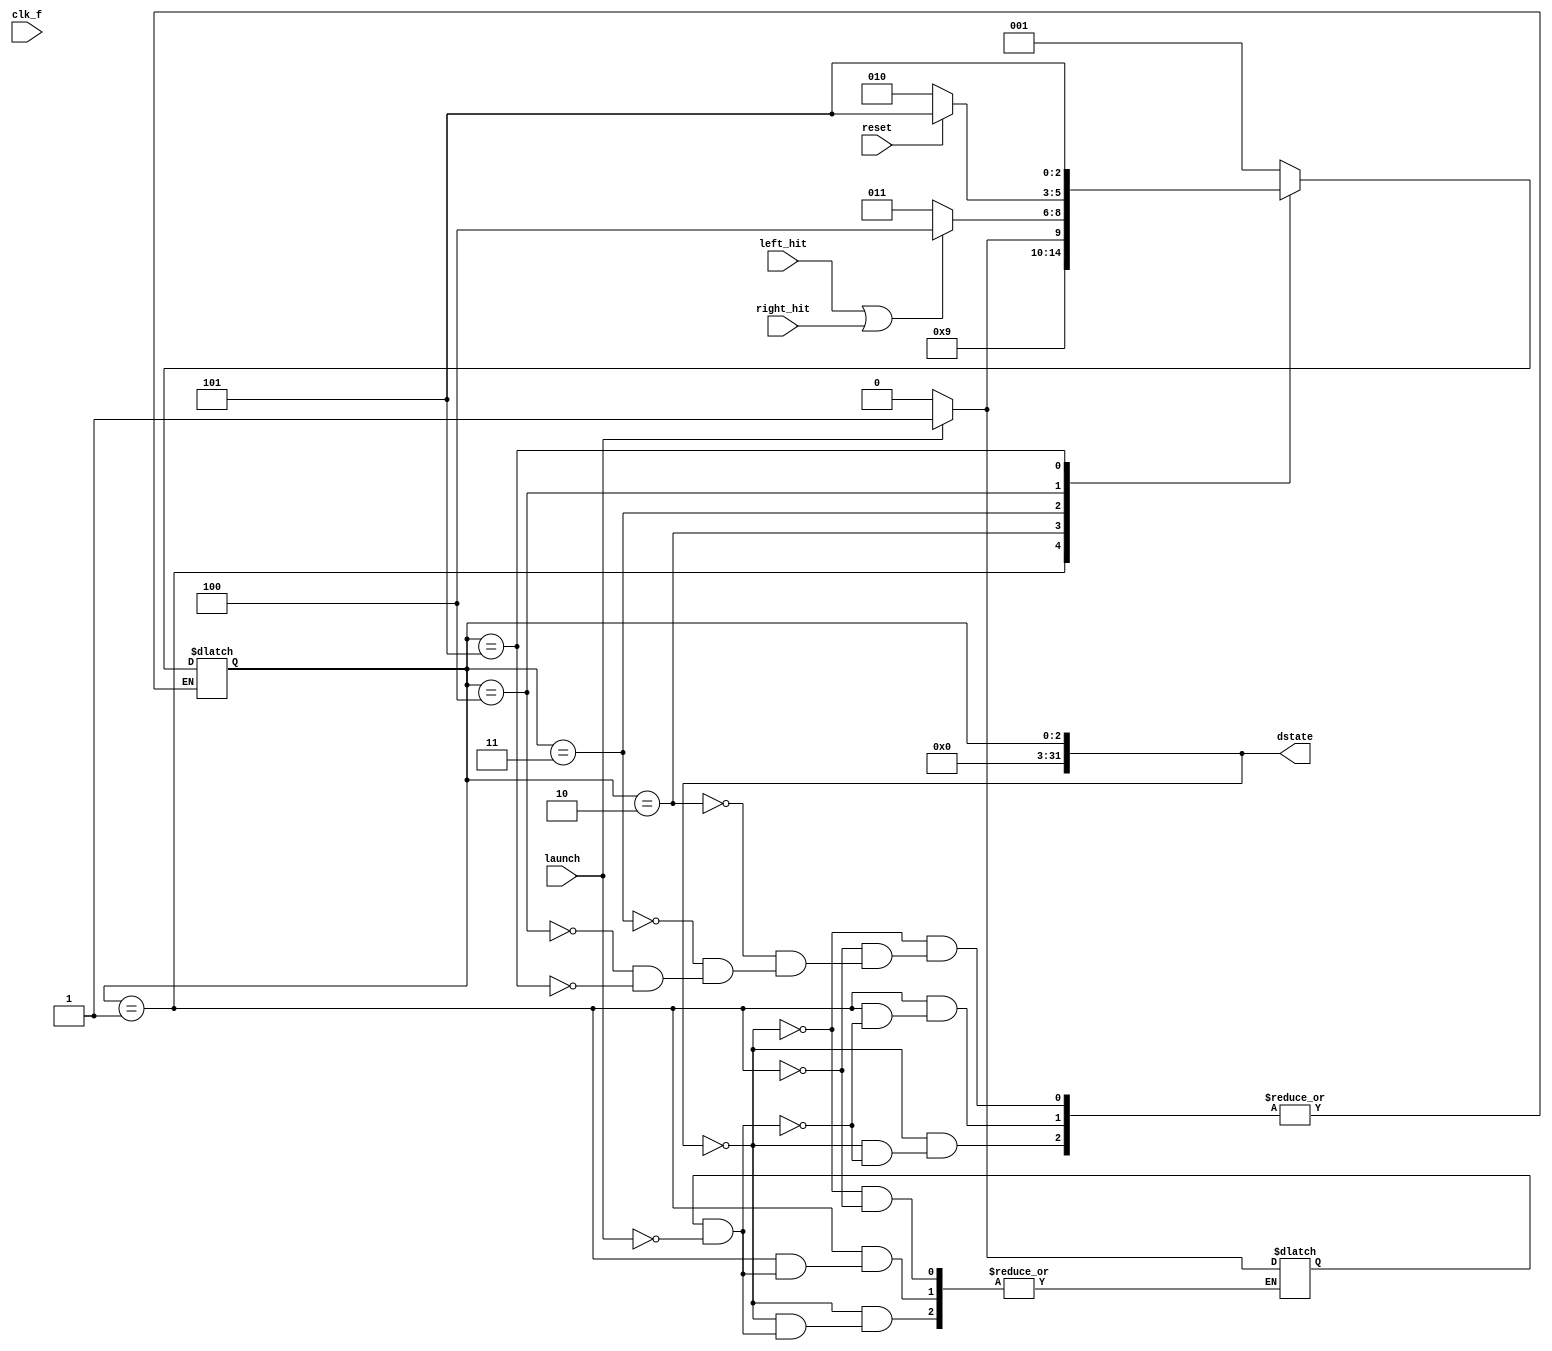
module state_control(
    input clk_f, left_hit, right_hit, launch, reset,
    output [31:0] dstate
    );
    integer state = menu;
    parameter menu = 0, set = 1, start = 2, play = 3, end_point = 4, end_game = 5;
    integer pre_launch = 0;
    always @ (left_hit or right_hit or reset or launch)
    begin
        case(state)
        menu:
            begin
                if(pre_launch == 1 && launch == 0)
                    begin
                        state = set;
                    end
                else
                    begin
                        if(launch == 1)
                            begin
                                pre_launch = 1;
                            end
                        else
                            begin
                                pre_launch = 0;
                            end
                    end
            end
        set:
            begin
                if(pre_launch == 1 && launch == 0)
                        begin
                            state = start;
                        end
                else
                    begin
                        if(launch == 1)
                            begin
                                pre_launch = 1;
                            end
                        else
                            begin
                                pre_launch = 0;
                            end
                    end
            end
        start:
                begin
                    if(launch)
                        begin
                            state = play;
                        end
                    else state = start;
                end
        play:
                begin
                    if (left_hit || right_hit)
                        begin
                            state = end_point;
                        end
                    else 
                        begin
                            state = play;
                        end
                end
        end_point:
                begin
                    if(reset)
                        begin
                            state = end_game;
                        end
                    else state = start;
                end
        end_game:
                begin
                    state = end_game;
                    //if (sw[2])
                    //state = menu;
                end
            
        endcase 
    end
    assign dstate = state;
endmodule